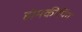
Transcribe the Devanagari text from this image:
होमकीपिंग